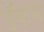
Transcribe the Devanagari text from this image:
डॅकन